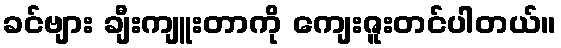
ခင်ဗျား ချီးကျူးတာကို ကျေးဇူးတင်ပါတယ်။